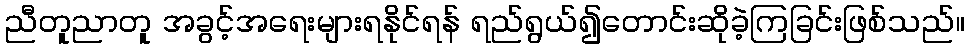
ညီတူညာတူ အခွင့်အရေးများရနိုင်ရန် ရည်ရွယ်၍တောင်းဆိုခဲ့ကြခြင်းဖြစ်သည်။